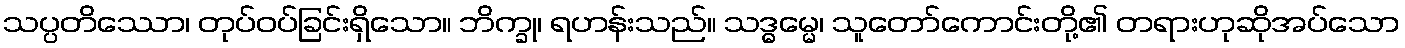
သပ္ပတိဿော၊ တုပ်ဝပ်ခြင်းရှိသော။ ဘိက္ခု၊ ရဟန်းသည်။ သဒ္ဓမ္မေ၊ သူတော်ကောင်းတို့၏ တရားဟုဆိုအပ်သော